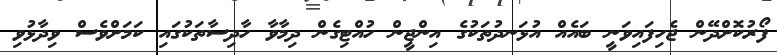
ފޯރުކޮށްދޭން ޖެހިފައިވަނީ ބައެއް އުޅަނދުތަކުގެ އިންޖީން ހުއްޓިގެން ދިމާވާ ހާދިސާތަކުގައި ކަމަށްވެސް ވިދާޅުވި